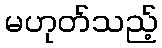
မဟုတ်သည့်